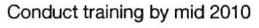
Conduct training by mid 2010